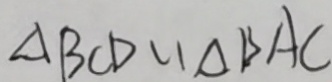
\Delta B C D \sim \Delta B A C